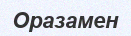
Оразамен